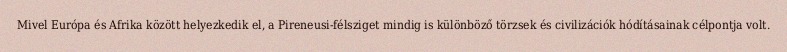
Mivel Európa és Afrika között helyezkedik el, a Pireneusi-félsziget mindig is különböző törzsek és civilizációk hódításainak célpontja volt.